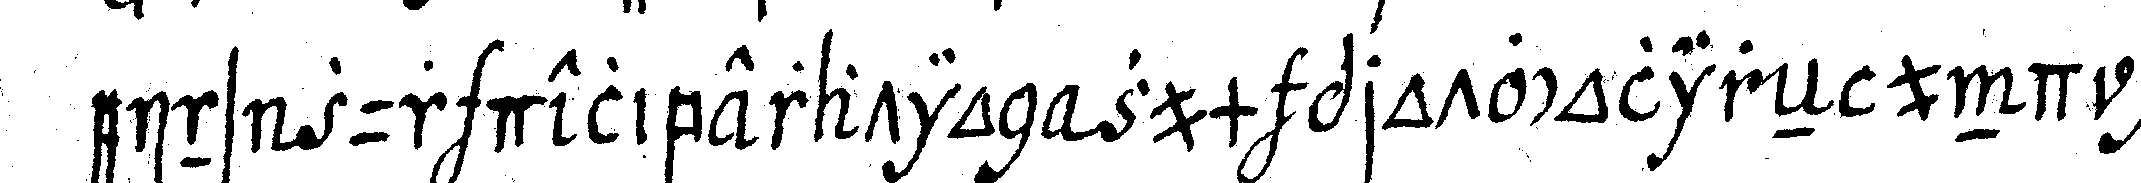
eins zur deliberation zum protocolireN und ge